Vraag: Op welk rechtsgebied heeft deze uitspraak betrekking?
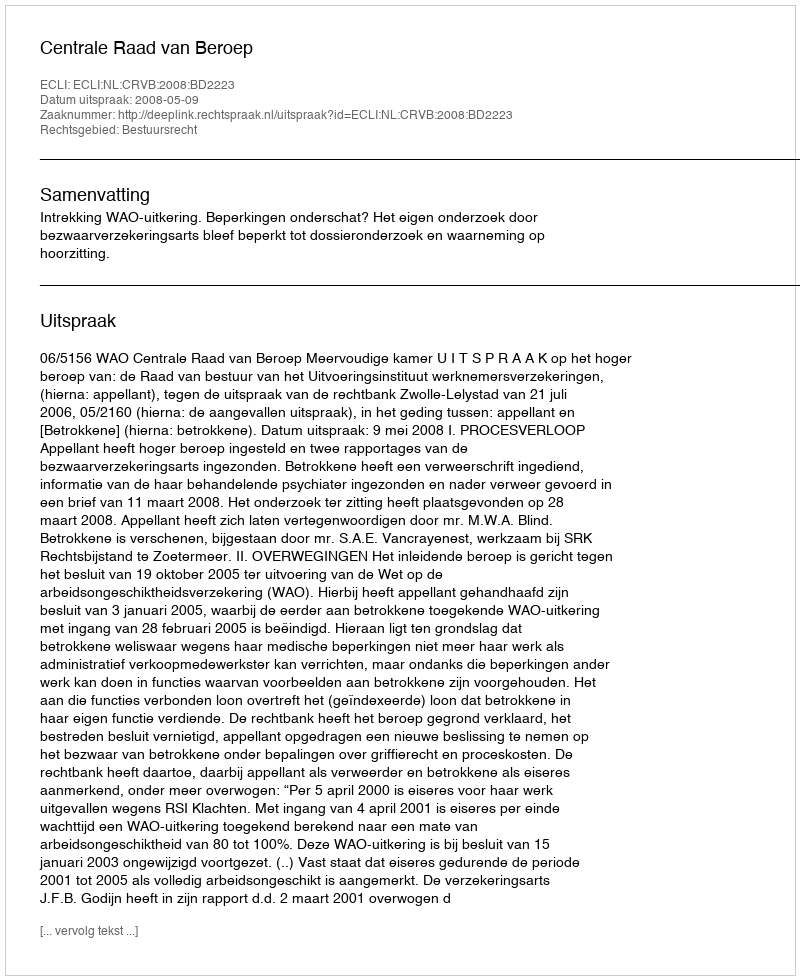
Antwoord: Bestuursrecht